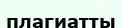
плагиатты